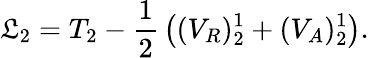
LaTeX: \mathfrak{L}_{2}=T_{2}-{\frac{{1}}{{2}}}\left((V_{R})_{2}^{1}+(V_{A})_{2}^{1}\right).